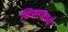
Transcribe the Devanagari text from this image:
घिसरमध्ये